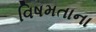
વિષમતાના